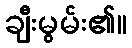
ချီးမွမ်း၏။